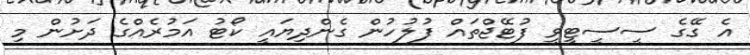
އެ ގޭގެ ސީސީޓީވީ ފުޓޭޖްތައް ފުލުހުން ގެންދިޔައީ ކޯޓު އަމުރެއްގެ ދަށުން މި